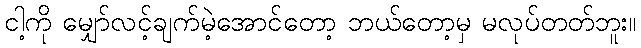
ငါ့ကို မျှော်လင့်ချက်မဲ့အောင်တော့ ဘယ်တော့မှ မလုပ်တတ်ဘူး။